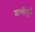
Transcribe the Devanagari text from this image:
शान्तीपूर्ण